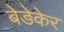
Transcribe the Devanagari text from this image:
बेडेकेर